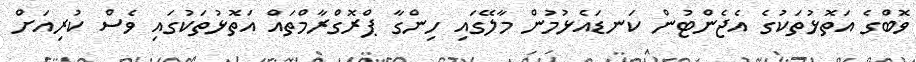
ވޮބްގެ އަތޮޅުތަކުގެ އެޖެންޓުން ކަނޑައެޅުމުން މާލޭގައި ހިންގާ ޕްރޮގްރާމްތައް އަތޮޅުތަކުގައި ވެސް ކުރިއަށް